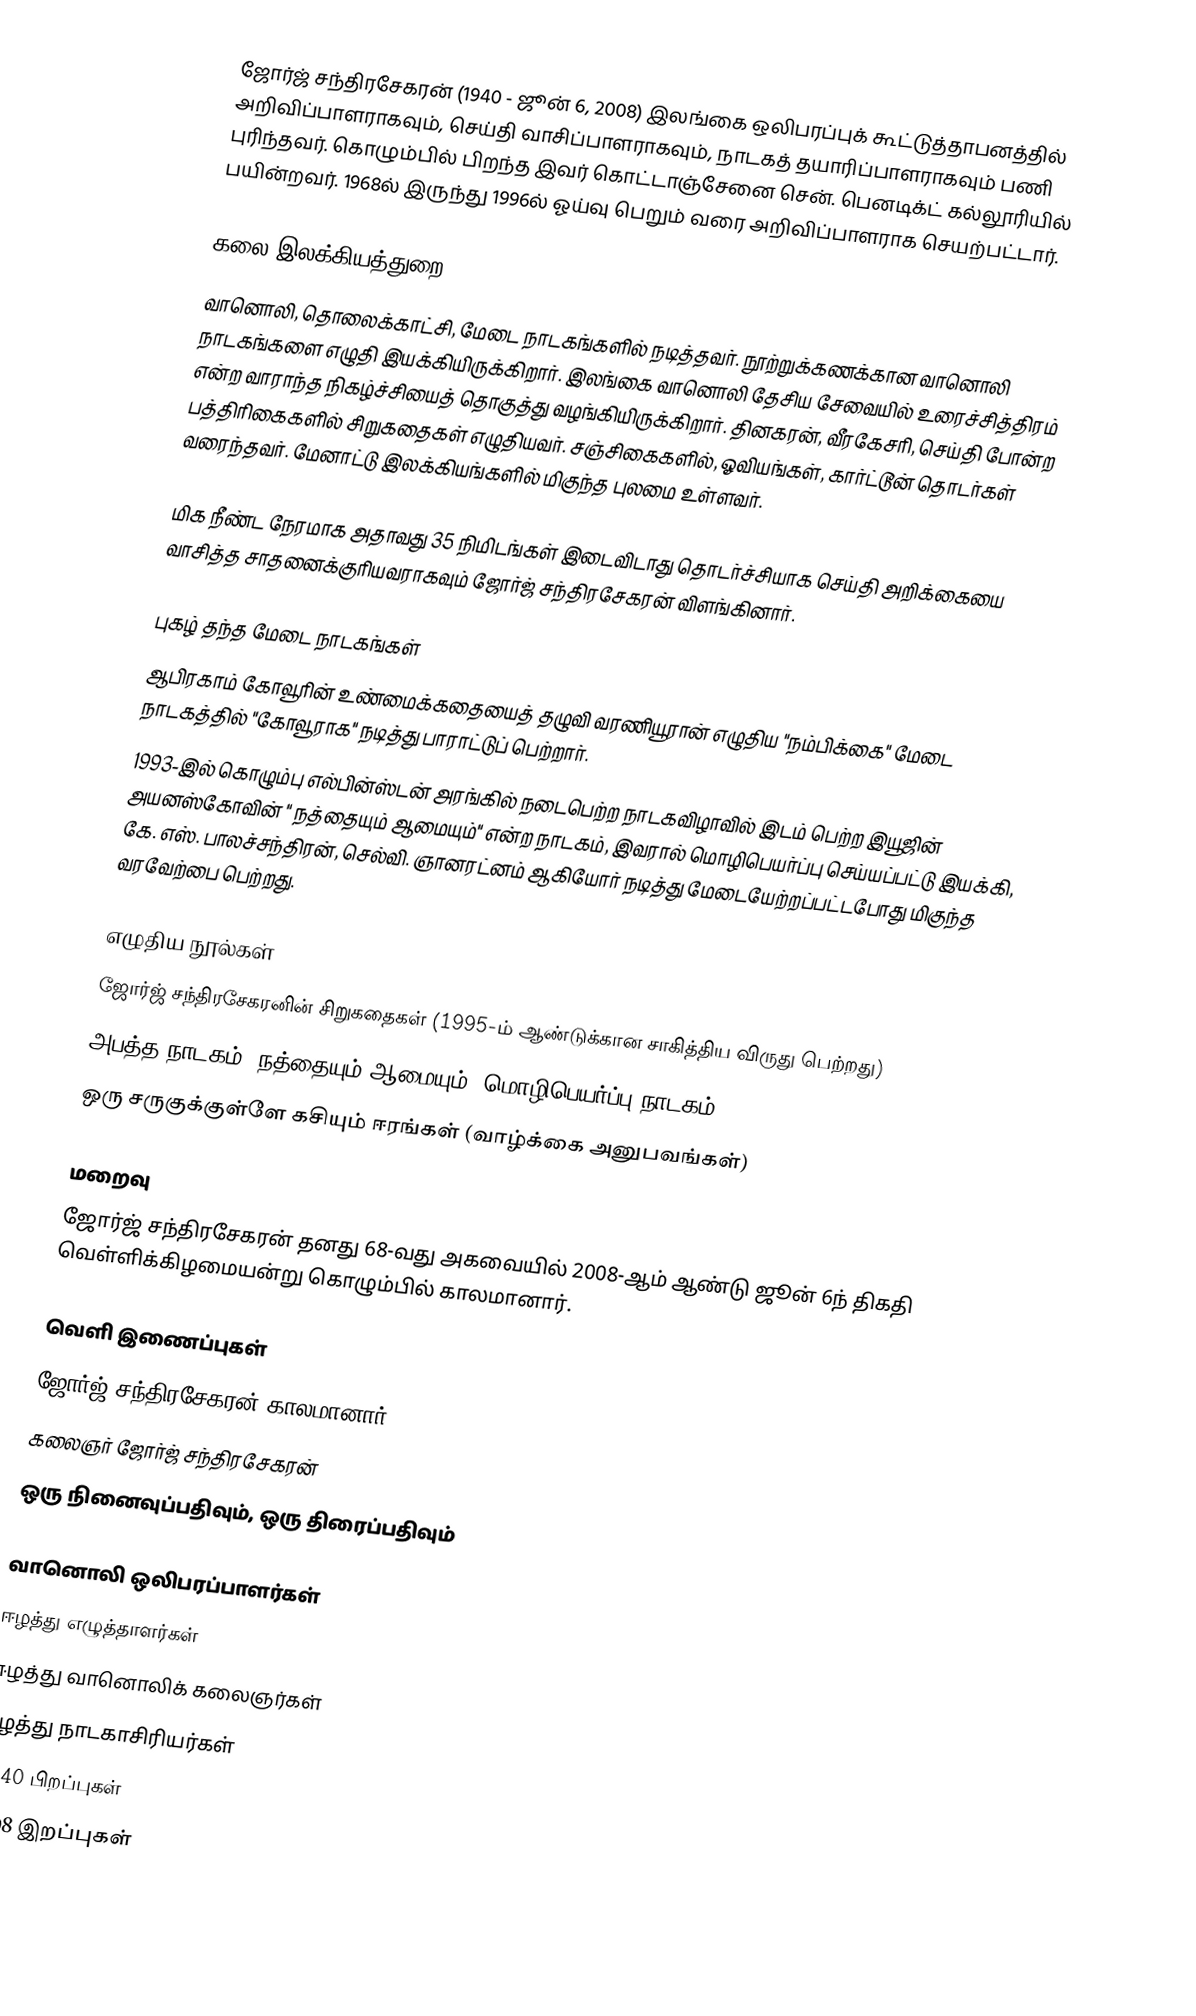
ஜோர்ஜ் சந்திரசேகரன் (1940 - ஜூன் 6, 2008) இலங்கை ஒலிபரப்புக் கூட்டுத்தாபனத்தில் அறிவிப்பாளராகவும், செய்தி வாசிப்பாளராகவும், நாடகத் தயாரிப்பாளராகவும் பணி புரிந்தவர். கொழும்பில் பிறந்த இவர் கொட்டாஞ்சேனை சென். பெனடிக்ட் கல்லூரியில் பயின்றவர். 1968ல் இருந்து 1996ல் ஓய்வு பெறும் வரை அறிவிப்பாளராக செயற்பட்டார்.

கலை,இலக்கியத்துறை
வானொலி, தொலைக்காட்சி, மேடை நாடகங்களில் நடித்தவர். நூற்றுக்கணக்கான வானொலி நாடகங்களை எழுதி இயக்கியிருக்கிறார். இலங்கை வானொலி தேசிய சேவையில் உரைச்சித்திரம் என்ற வாராந்த நிகழ்ச்சியைத் தொகுத்து வழங்கியிருக்கிறார். தினகரன், வீரகேசரி, செய்தி போன்ற பத்திரிகைகளில் சிறுகதைகள் எழுதியவர். சஞ்சிகைகளில், ஓவியங்கள், கார்ட்டூன் தொடர்கள் வரைந்தவர். மேனாட்டு இலக்கியங்களில் மிகுந்த புலமை உள்ளவர்.

மிக நீண்ட நேரமாக அதாவது 35 நிமிடங்கள் இடைவிடாது தொடர்ச்சியாக செய்தி அறிக்கையை வாசித்த சாதனைக்குரியவராகவும் ஜோர்ஜ் சந்திரசேகரன் விளங்கினார்.

புகழ் தந்த மேடை நாடகங்கள்
 ஆபிரகாம் கோவூரின் உண்மைக்கதையைத் தழுவி வரணியூரான் எழுதிய "நம்பிக்கை" மேடை நாடகத்தில் "கோவூராக" நடித்து பாராட்டுப் பெற்றார்.
1993-இல் கொழும்பு எல்பின்ஸ்டன் அரங்கில் நடைபெற்ற நாடகவிழாவில் இடம் பெற்ற இயூஜின் அயனஸ்கோவின் " நத்தையும் ஆமையும்" என்ற நாடகம், இவரால் மொழிபெயர்ப்பு செய்யப்பட்டு இயக்கி, கே. எஸ். பாலச்சந்திரன், செல்வி. ஞானரட்னம் ஆகியோர் நடித்து மேடையேற்றப்பட்டபோது மிகுந்த வரவேற்பை பெற்றது.

எழுதிய நூல்கள்
 ஜோர்ஜ் சந்திரசேகரனின் சிறுகதைகள் (1995-ம் ஆண்டுக்கான சாகித்திய விருது பெற்றது)
 அபத்த நாடகம் (நத்தையும் ஆமையும், மொழிபெயர்ப்பு நாடகம்)
 ஒரு சருகுக்குள்ளே கசியும் ஈரங்கள் (வாழ்க்கை அனுபவங்கள்)

மறைவு
ஜோர்ஜ் சந்திரசேகரன் தனது 68-வது அகவையில் 2008-ஆம் ஆண்டு ஜூன் 6ந் திகதி வெள்ளிக்கிழமையன்று கொழும்பில் காலமானார்.

வெளி இணைப்புகள்
 ஜோர்ஜ் சந்திரசேகரன் காலமானார்
 கலைஞர் ஜோர்ஜ் சந்திரசேகரன்
 ஒரு நினைவுப்பதிவும், ஒரு திரைப்பதிவும்

வானொலி ஒலிபரப்பாளர்கள்
ஈழத்து எழுத்தாளர்கள்
ஈழத்து வானொலிக் கலைஞர்கள்
ஈழத்து நாடகாசிரியர்கள்
1940 பிறப்புகள்
2008 இறப்புகள்